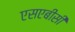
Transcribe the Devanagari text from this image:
एसएबीसी